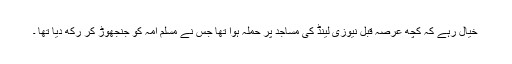
خیال رہے کہ کچھ عرصہ قبل نیوزی لینڈ کی مساجد پر حملہ ہوا تھا جس نے مسلم امہ کو جنجھوڑ کر رکھ دیا تھا ۔